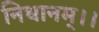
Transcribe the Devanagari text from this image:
निधानम्।।